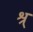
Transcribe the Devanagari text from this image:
श्र्